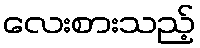
လေးစားသည့်